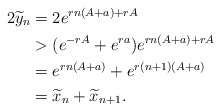
\begin{align*} 2\widetilde y_n & = 2e^{rn(A+a)+rA} \\ & > (e^{-rA}+e^{ra})e^{rn(A+a)+rA} \\ & = e^{rn(A+a)} + e^{r(n+1)(A+a)} \\ & =\widetilde x_n + \widetilde x_{n+1}.\end{align*}